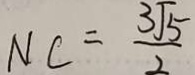
N C = \frac { 3 \sqrt { 5 } } { 2 }